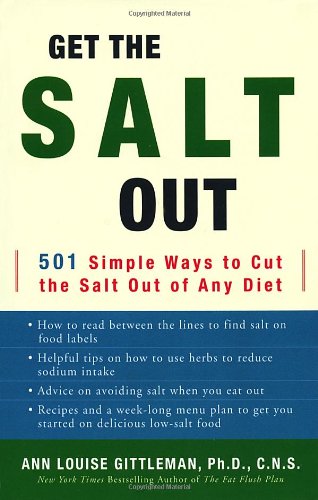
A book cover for Get the Salt Out: 501 Simple Ways to Cut the Salt Out of Any Diet; Ann Louise Gittleman; Cookbooks, Food & Wine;